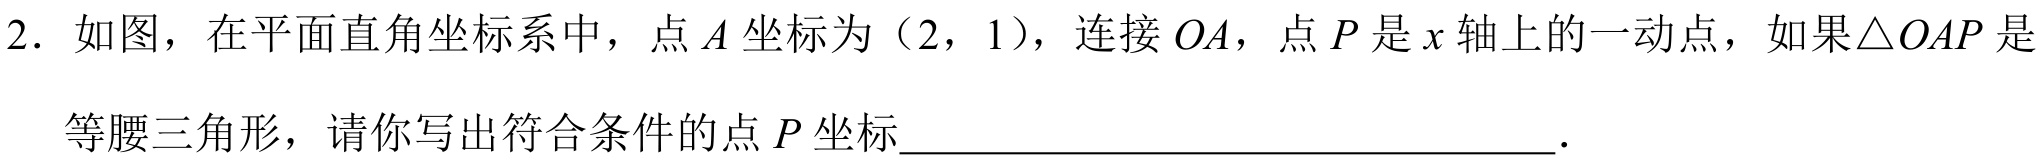
2. 如图，在平面直角坐标系中，点\(A\)坐标为（2，1），连接\(OA\)，点\(P\)是\(x\)轴上的一动点，如果\(\triangle OAP\)是
等腰三角形，请你写出符合条件的点\(P\)坐标___.